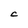
Character: C